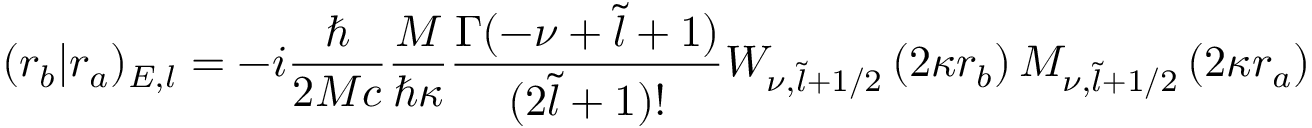
( r _ { b } | r _ { a } ) _ { E , l } = - i \frac { \hbar } { 2 M c } \frac { M } { \hbar \kappa } \frac { \Gamma ( - \nu + \tilde { l } + 1 ) } { ( 2 \tilde { l } + 1 ) ! } W _ { \nu , \tilde { l } + 1 / 2 } \left( 2 \kappa r _ { b } \right) M _ { \nu , \tilde { l } + 1 / 2 } \left( 2 \kappa r _ { a } \right)